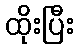
ထိုးပြီး